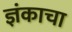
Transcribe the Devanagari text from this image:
ज्ञंकाचा